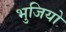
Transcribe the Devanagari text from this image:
भुजियो